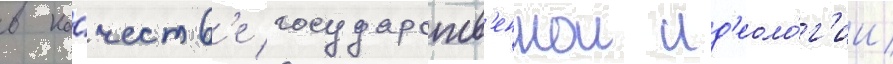
в ка́честв'е государств'еннои ид'еоло́г'ии